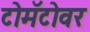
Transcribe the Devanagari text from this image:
टोमॅटोवर